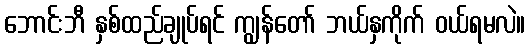
ဘောင်းဘီ နှစ်ထည်ချုပ်ရင် ကျွန်တော် ဘယ်နှကိုက် ဝယ်ရမလဲ။